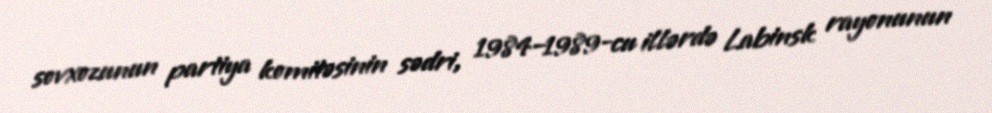
sovxozunun partiya komitəsinin sədri, 1984–1989-cu illərdə Labinsk rayonunun